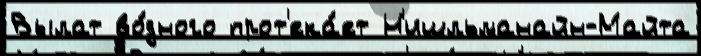
Вылат во́дного прот'ека́ет Н'ишльманайн-Майта